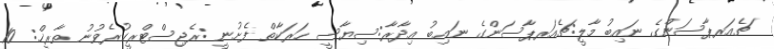
ޗެއަރޕާސަންގެ ނައިބު މާލީ:ޗެއަރޕާސަންގެ ނައިބު އިދާރާ:ސިޔާސީ ހަރަކާތް ފެށުނީ :ރެޖިސްޓްރީކުރެވުނު ތާރީޚް: 10